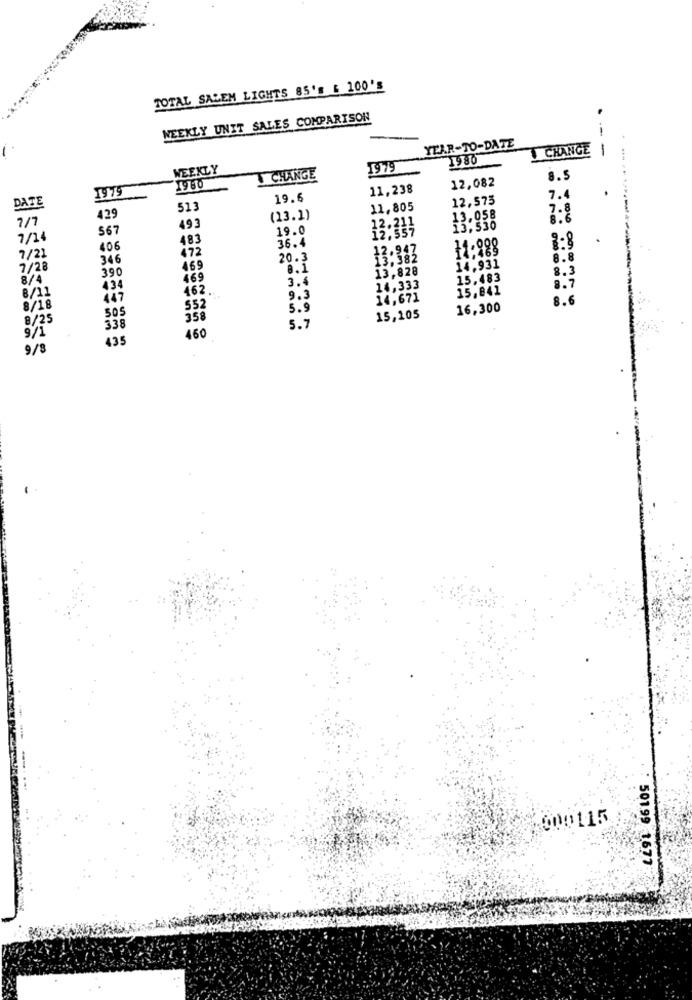
TOTAL SALEM LIGHTS 85'S & 100'S
WEEKLY UNIT SALES COMPARISON
--
YEAR-TO-DATE
CHANGE
-
1980
WEEKLY
1979
CHANGE
12,082
8.5
19 75
1980
11,238
DATE
19.6
12,573
7.4
513
11,805
7/7
429
(13.1)
12.211
13.058
8.6
567
493
19.0
12,557
13.530
7/14
483
36.4
.
406
472
11.998
1:8
7/21
346
20.3
8.8
7/28
390
469
8.1
13,828
14.931
8.3
469
3.4
15.483
8.7
434
462.
14,333
15,841
8/11
447
9.3
14,671
8.6
8/18
505
552
5.9
16,300
8/25
358
15,105
9/1
338
5.7
435
460
9/8
000115
501.99 1677